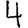
Digit: 4